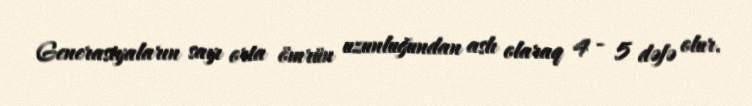
Generasiyaların sayı orta ömrün uzunluğundan aslı olaraq 4 - 5 dəfə olur.